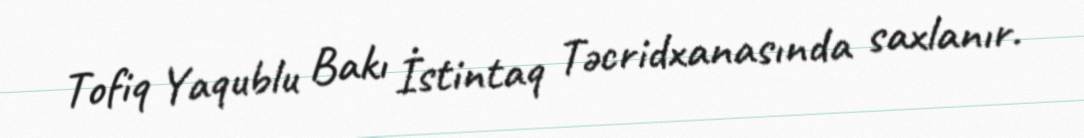
Tofiq Yaqublu Bakı İstintaq Təcridxanasında saxlanır.